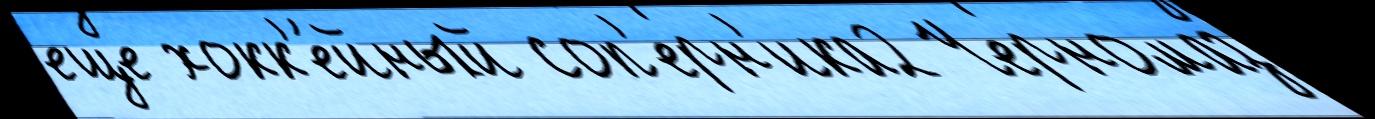
еще хокк'е́йный соп'ерн'ика2 Черномаз